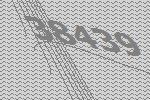
38439